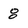
Character: 8